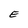
Character: E